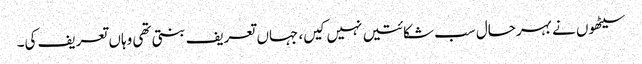
سیٹھوں نے بہرحال سب شکائتیں نہیں کیں، جہاں تعریف بنتی تھی وہاں تعریف کی۔